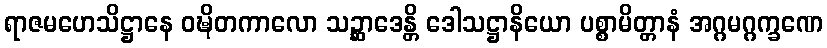
ရာဇမဟေသိဋ္ဌာနေ ဝဍ္ဎိတကာလော သဉ္ဆာဒေန္တိ ဒေါသဋ္ဌာနိယော ပစ္စာမိတ္တာနံ အဂ္ဂမဂ္ဂက္ခဏေ